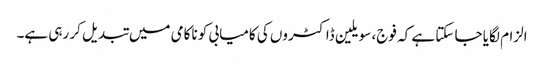
الزام لگایا جا سکتا ہے کہ فوج، سویلین ڈاکٹروں کی کامیابی کو ناکامی میں تبدیل کر رہی ہے۔